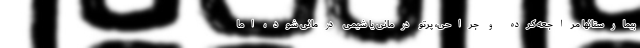
بیمارستانها مراجعه کرده و جراحی، پرتو درمانی یا شیمی درمانی شود، اما